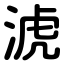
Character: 淲